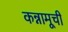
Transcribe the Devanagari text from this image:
कन्नामूची